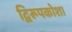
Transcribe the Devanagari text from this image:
द्विरूपकोश।